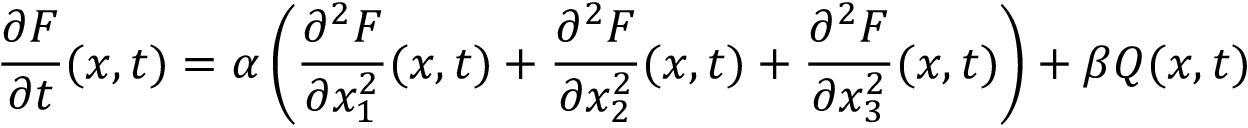
{ \frac { \partial F } { \partial t } } ( x , t ) = \alpha \left( { \frac { \partial ^ { 2 } F } { \partial x _ { 1 } ^ { 2 } } } ( x , t ) + { \frac { \partial ^ { 2 } F } { \partial x _ { 2 } ^ { 2 } } } ( x , t ) + { \frac { \partial ^ { 2 } F } { \partial x _ { 3 } ^ { 2 } } } ( x , t ) \right) + \beta Q ( x , t )